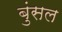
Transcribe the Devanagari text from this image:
बुंसल